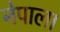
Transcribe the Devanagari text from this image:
नेपाल।